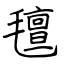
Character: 氊